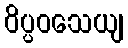
ဝိပ္ပဝသေယျ